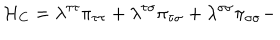
{ \cal H } _ { \mathrm { C } } = \lambda ^ { \tau \tau } \pi _ { \tau \tau } + \lambda ^ { \tau \sigma } \pi _ { \tau \sigma } + \lambda ^ { \sigma \sigma } \pi _ { \sigma \sigma } -